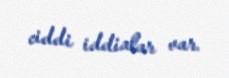
ciddi iddialar var.